Indian Medical Review
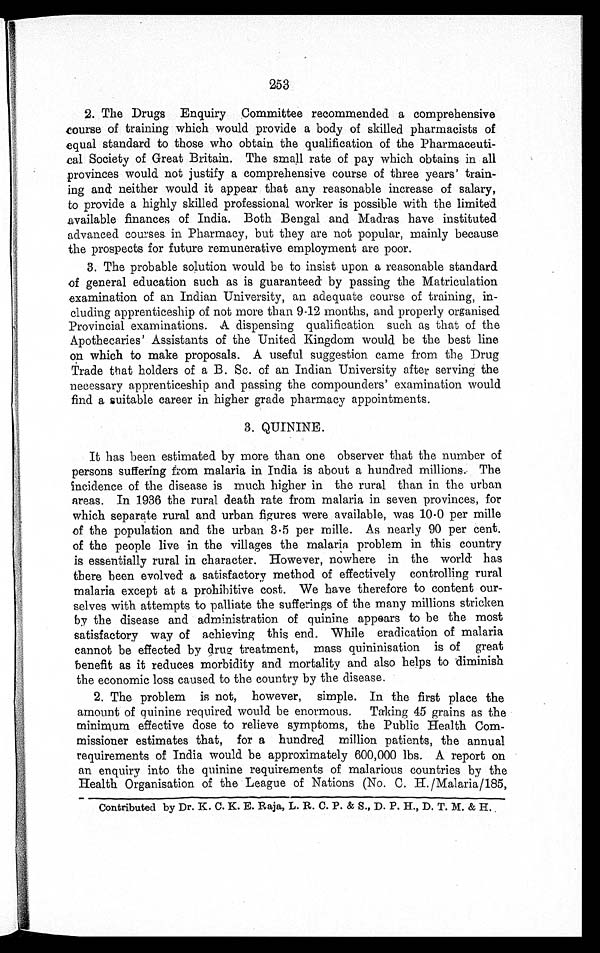
253
2. The Drugs Enquiry Committee recommended a comprehensive
course of training which would provide a body of skilled pharmacists of
equal standard to those who obtain the qualification of the Pharmaceuti
-
cal Society of Great Britain. The small rate of pay which obtains in all
provinces would not justify a comprehensive course of three years' train
-
ing and neither would it appear that any reasonable increase of salary,
to provide a highly skilled professional worker is possible with the limited
available finances of India. Both Bengal and Madras have instituted
advanced courses in Pharmacy, but they are not popular, mainly because
the prospects for future remunerative employment are poor.
3. The probable solution would be to insist upon a reasonable standard
of general education such as is guaranteed by passing the Matriculation
examination of an Indian University, an adequate course of training, in
-
cluding apprenticeship of not more than 9-12 months, and properly organised
Provincial examinations. A dispensing qualification such as that of the
Apothecaries' Assistants of the United Kingdom would be the best line
on which to make proposals. A useful suggestion came from the Drug
Trade that holders of a B. Sc. of an Indian University after serving the
necessary apprenticeship and passing the compounders' examination would
find a suitable career in higher grade pharmacy appointments.
3. QUININE.
It has been estimated by more than one observer that the number of
persons suffering from malaria in India is about a hundred millions. The
incidence of the disease is much higher in the rural than in the urban
areas. In 1936 the rural death rate from malaria in seven provinces, for
which separate rural and urban figures were available, was 10 . 0 per mille
of the population and the urban 3 . 5 per mine. As nearly 90 per cent.
of the people live in the villages the malaria problem in this country
is essentially rural in character. However, nowhere in the world has
there been evolved a satisfactory method of effectively controlling rural
malaria except at a prohibitive cost. We have therefore to content our
-
selves with attempts to palliate the sufferings of the many millions stricken
by the disease and administration of quinine appears to be the most
satisfactory way of achieving this end. While eradication of malaria
cannot be effected by drug. treatment, mass quininisation is of great
benefit as it reduces morbidity and mortality and also helps to diminish
the economic loss caused to the country by the disease.
2. The problem is not, however, simple. In the first place the
amount of quinine required would be enormous. Taking 45 grains as the
minimum effective dose to relieve symptoms, the Public Health Com
-
missioner estimates that, for a hundred million patients, the annual
requirements of India would be approximately 600,000 lbs. A report on
an enquiry into the quinine requirements of malarious countries by the
Health Organisation of the League of Nations (No. C. H./Malaria/185,
Contributed by Dr. K. C. K. E. Raja, L. R. C. P. & S., D. P. H., D. T. M. & H.